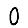
Digit: 0